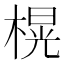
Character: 榥